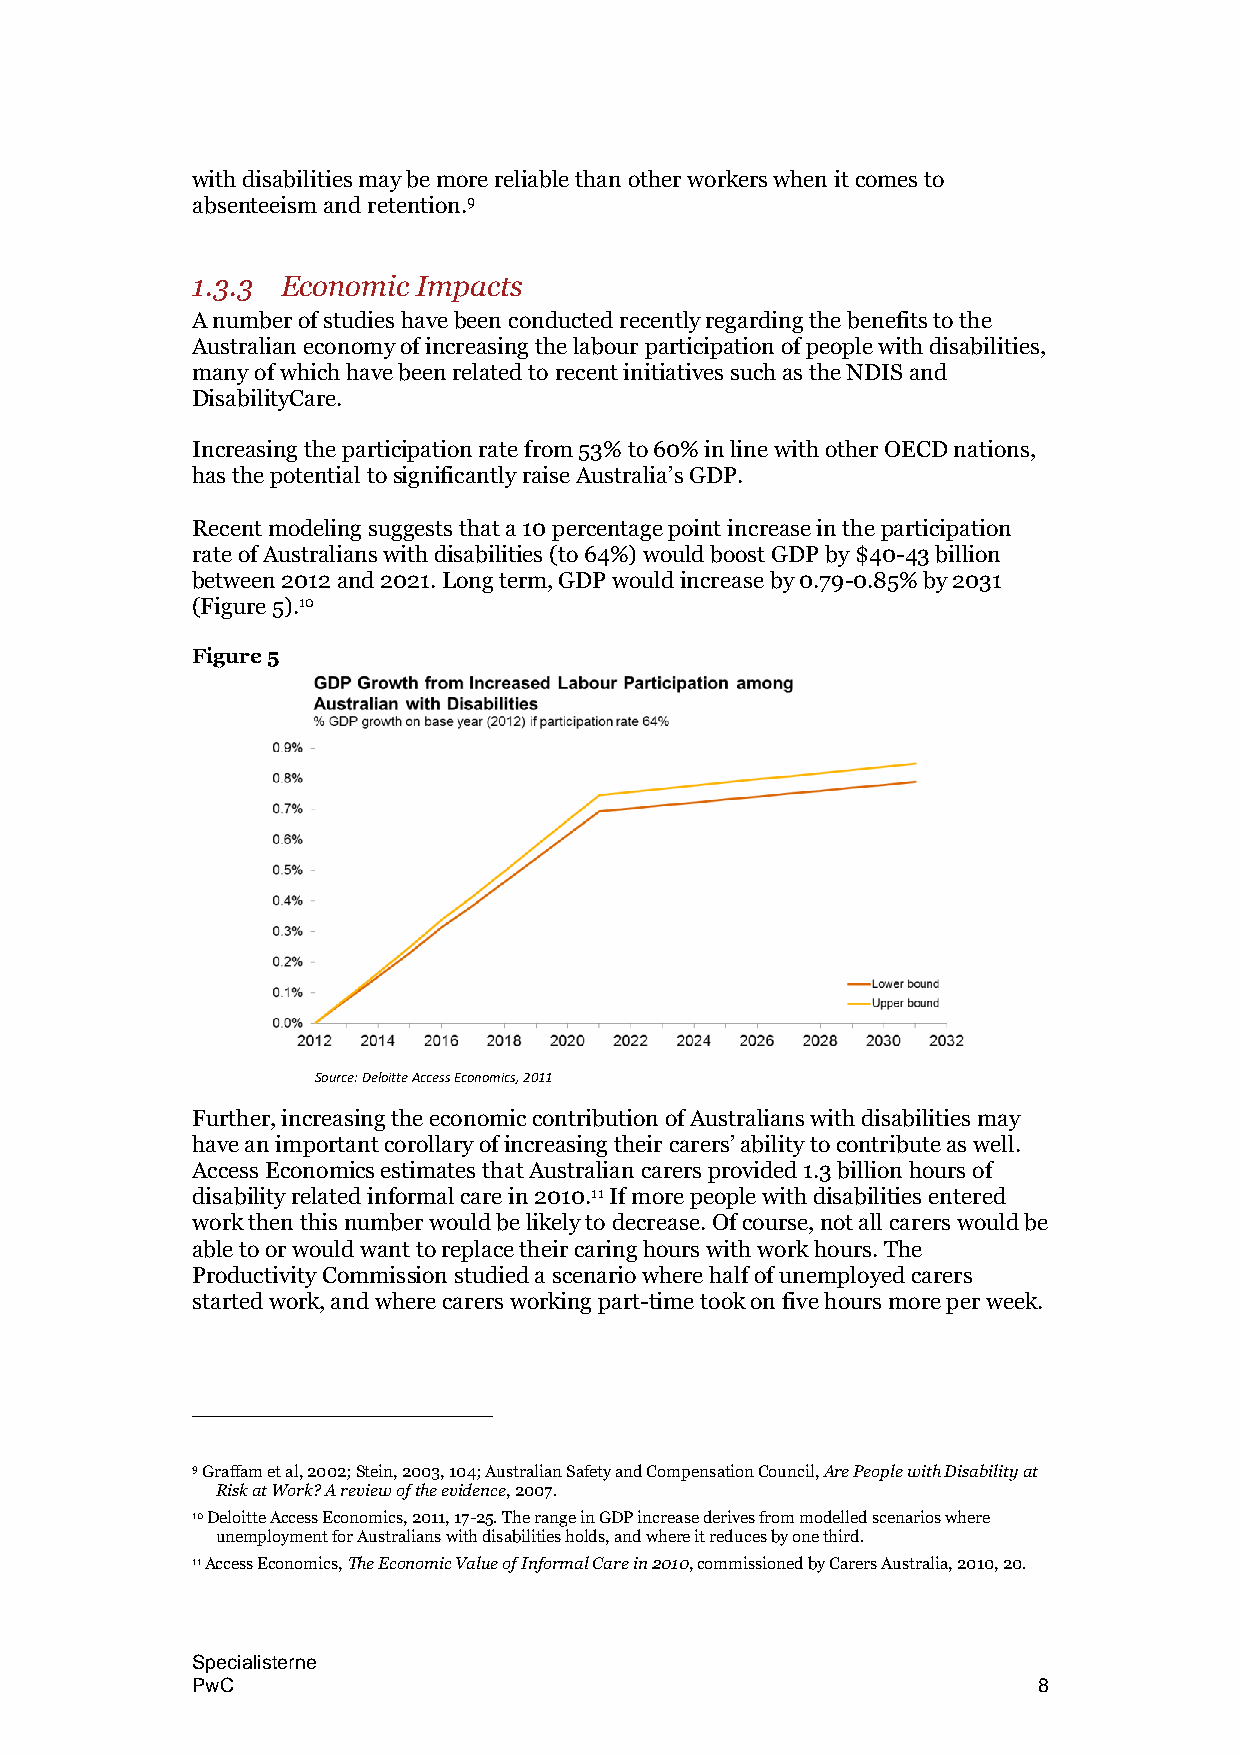
with disabilities may be more reliable than other workers when it comes to
 absenteeism and retention.9
 1.3.3 Economic Impacts
 A number of studies have been conducted recently regarding the benefits to the
 Australian economy of increasing the labour participation of people with disabilities,
 many of which have been related to recent initiatives such as the NDIS and
 DisabilityCare.
 Increasing the participation rate from 53% to 60% in line with other OECD nations,
 has the potential to significantly raise Australia‟s GDP.
 Recent modeling suggests that a 10 percentage point increase in the participation
 rate of Australians with disabilities (to 64%) would boost GDP by $40-43 billion
 between 2012 and 2021. Long term, GDP would increase by 0.79-0.85% by 2031
 (Figure 5).10
 Figure 5
 Source: Deloitte Access Economics, 2011
 Further, increasing the economic contribution of Australians with disabilities may
 have an important corollary of increasing their carers‟ ability to contribute as well.
 Access Economics estimates that Australian carers provided 1.3 billion hours of
 disability related informal care in 2010.11 If more people with disabilities entered
 work then this number would be likely to decrease. Of course, not all carers would be
 able to or would want to replace their caring hours with work hours. The
 Productivity Commission studied a scenario where half of unemployed carers
 started work, and where carers working part-time took on five hours more per week.
 9 Graffam et al, 2002; Stein, 2003, 104; Australian Safety and Compensation Council, Are People with Disability at
 Risk at Work? A review of the evidence, 2007.
 10 Deloitte Access Economics, 2011, 17-25. The range in GDP increase derives from modelled scenarios where
 unemployment for Australians with disabilities holds, and where it reduces by one third.
 11 Access Economics, The Economic Value of Informal Care in 2010, commissioned by Carers Australia, 2010, 20.
 Specialisterne
 PwC                                                     8